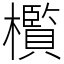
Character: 㰓